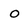
Character: O